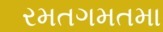
રમતગમતમા